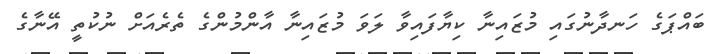
ބައްޕަގެ ހަނދާނުގައި މުޒައިނާ ކިޔާފައިވާ ލަވަ މުޒައިނާ އާންމުންގެ ތެރެއަށް ނުކުތީ އޭނާގެ